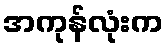
အကုန်လုံးက